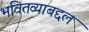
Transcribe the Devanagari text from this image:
भवितव्याबद्दल